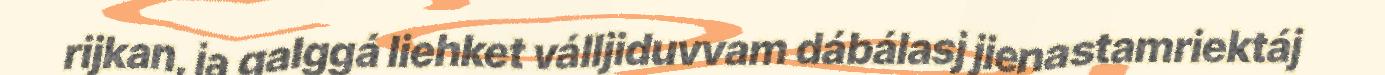
rijkan, ja galggá liehket válljiduvvam dábálasj jienastamriektáj